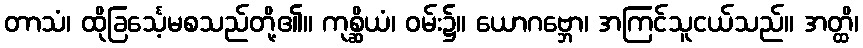
တာသံ၊ ထိုခြင်္သေ့မစသည်တို့၏။ ကုစ္ဆိယံ၊ ဝမ်း၌။ ယောဂဗ္ဘော၊ အကြင်သူငယ်သည်။ အတ္ထိ၊